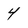
Character: 4